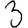
Digit: 3